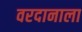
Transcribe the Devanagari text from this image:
वरदानाला